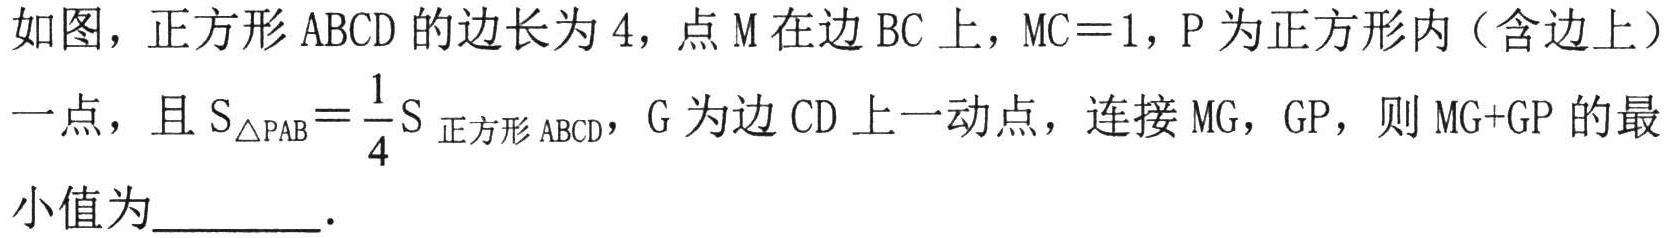
如图，正方形\(ABCD\)的边长为\(4\)，点\(M\)在边\(BC\)上，\(MC = 1\)，\(P\)为正方形内（含边上）
一点，且\(S_{\triangle PAB}=\frac{1}{4}S_{\text{正方形}ABCD}\)，\(G\)为边\(CD\)上一动点，连接\(MG\)，\(GP\)，则\(MG + GP\)的最
小值为  ．